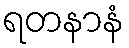
ရတနာနံ